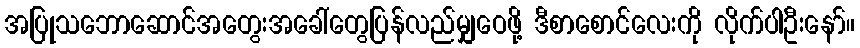
အပြုသဘောဆောင်အတွေးအခေါ်တွေပြန်လည်မျှဝေဖို့ ဒီစာစောင်လေးကို လိုက်ပါဦးနော်။